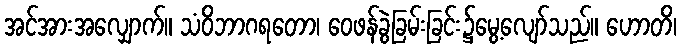
အင်အားအလျှောက်။ သံဝိဘာဂရတော၊ ဝေဖန်ခွဲခြမ်းခြင်း၌မွေ့လျော်သည်။ ဟောတိ၊